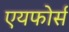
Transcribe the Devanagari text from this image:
एयफोर्स